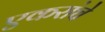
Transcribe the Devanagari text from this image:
एकरांचे